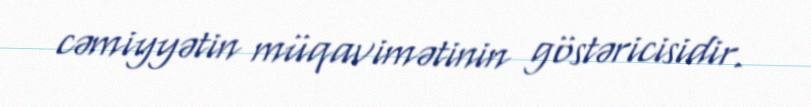
cəmiyyətin müqavimətinin göstəricisidir.